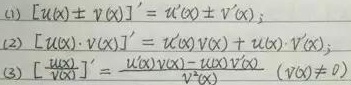
(1) \([u(x)\pm v(x)]' = u'(x)\pm v'(x)\)
(2) \([u(x)\cdot v(x)]' = u'(x)v(x)+u(x)\cdot v'(x)\)
(3) \([\frac{u(x)}{v(x)}]'=\frac{u'(x)v(x)-u(x)v'(x)}{v^{2}(x)}\ (v(x)\neq0)\